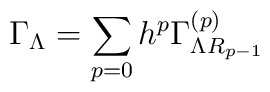
\Gamma_{\Lambda} =\sum_{p=0}h^p\Gamma _{\Lambda R_{p-1}}^{\left( p\right) }